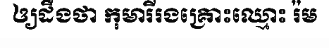
ឲ្យដឹងថា កុមារីរងគ្រោះឈ្មោះ រ៉ម